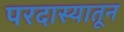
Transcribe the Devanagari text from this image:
परदास्यातून